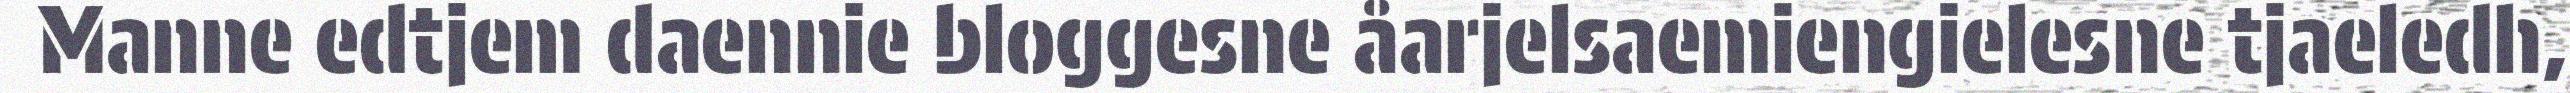
Manne edtjem daennie bloggesne åarjelsaemiengielesne tjaeledh,